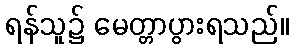
ရန်သူ၌ မေတ္တာပွားရသည်။